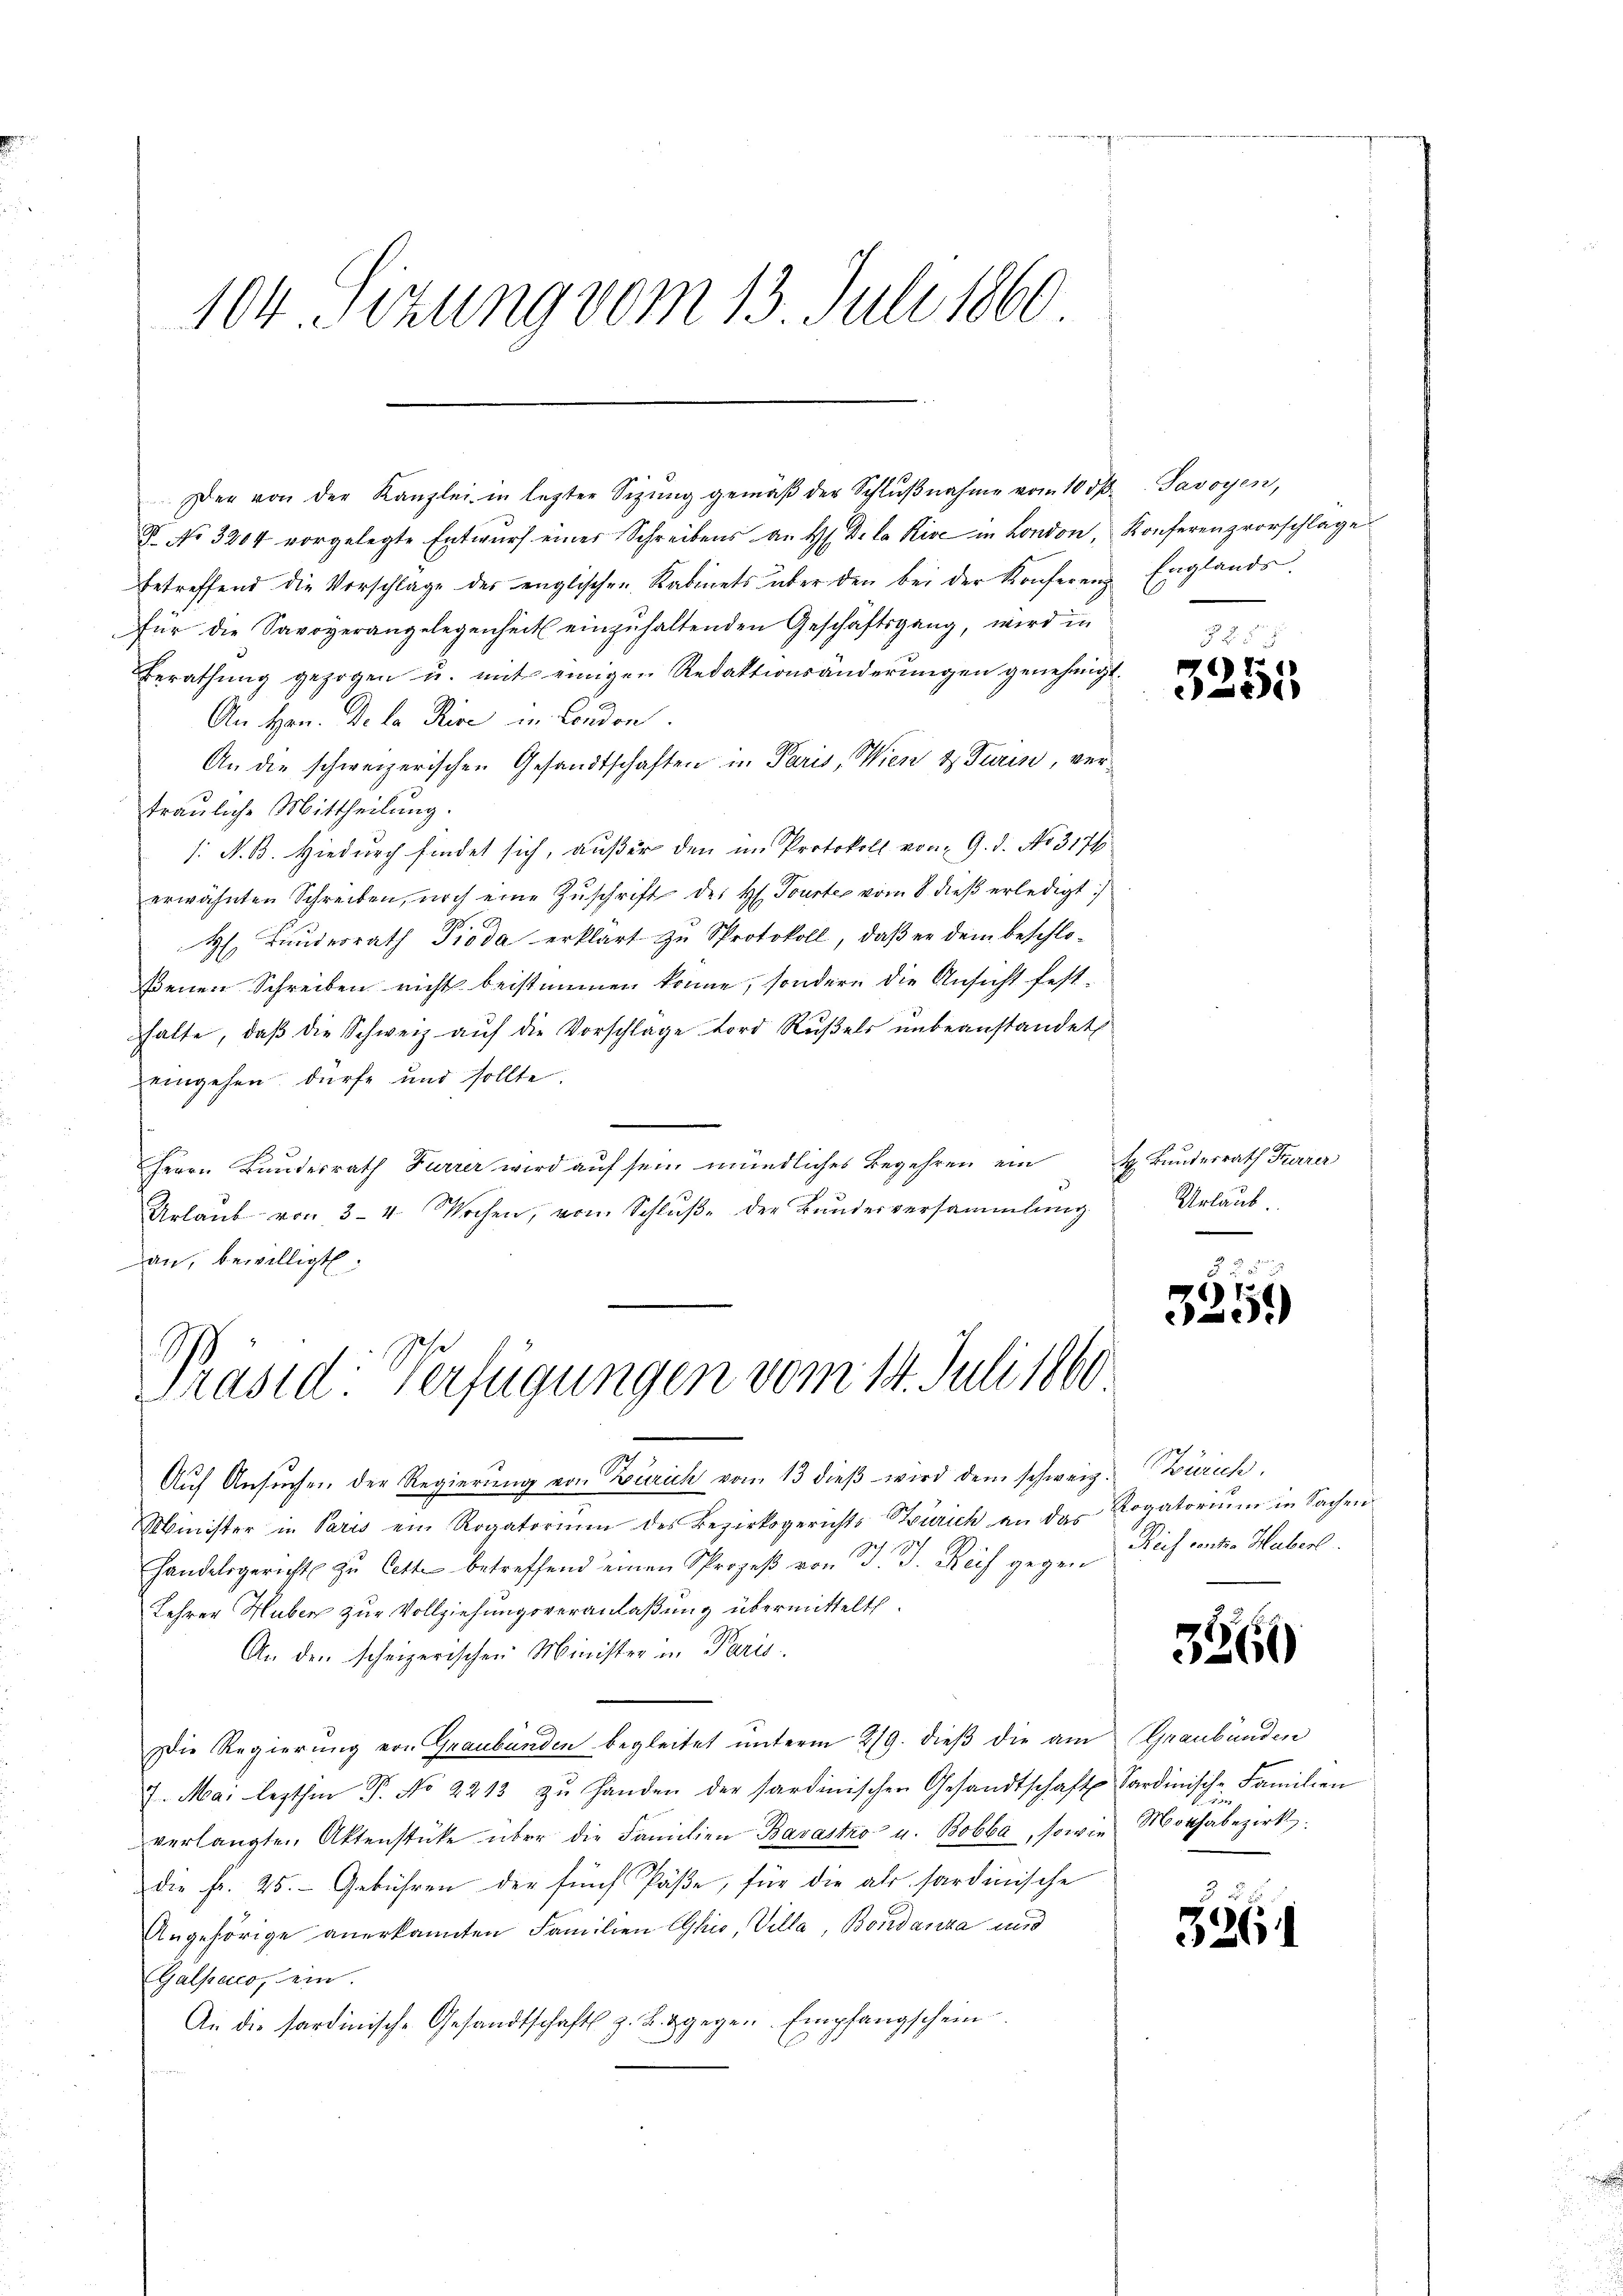
104. Sizung vom 13. Juli 1860

8. No. 3204 vorgelegte Entwurf einer Schreibens an H. De la Rive in London, Konferenzvorschlage
betreffend die Vorschläge des englischen Kabinets über den bei der Konferenz Englande
für die Savoyerangelegenheit einzuhaltenden Geschäftsgang, wird in
Berathung gezogen u. mit einigen Redaktionsänderungen genehmigt.
An Hrn. De la Reise in London.
An die schweizerischen Gesandtschaften in Paris, Wien & Turin, vertrauliche Mittheilung.
/. N. B. Hiedurch findet sich, außer den im Protokoll vom 9. d. No. 3176
erwähnten Schreiben, noch eine Zŭschrift des H. Trustes vom 8. dieß erledigt:)
H. Landesrath Pioda erklärt zu Protokoll, daß er dem beschloßenen Schreiben richt beistimmen könne, sondern die Ansicht festhhalte, daβ die Schweiz aŭf die Vorschlage ford Rŭβels ŭnbeanstandet
deigehen dürfe und sollte.
Herrn Bundesrath Furrer wird auf sein mündliches Begehren ein Bundesrath Frarer
Urlaŭb von 3-4 Wochen, vom Schlŭβ der Bundesversammlung
an, bewilligt.

Der von der Kanzlei in lezten Sitzŭng gemäβ der Schlŭβnahme vom 10 d. Savoyen,

Präsid. Verfügungen vom 14. Juli 1860

.
Auf Ansuchen der Regierung von Zürich vom 13 dieβ wird dem schweiz. Zürich,
Minister in Paris ein Rogatorium des Bezirksgerichts Zürich an das Rogatoriŭm in Sachen
handelsgericht zu Cette betreffend einen Prozeß von B. J. Reif gegen Rich weiten Huber
Lehrer Huber zur Vollziehungsveranlaßung übermittelt.
An den scheizerischen Minister in Paris
Die Regierung von Graubünden begleitet unterm 219. dieβ die am Graubünden
7. Mai lezthin P. No 2213 zŭ Handen der Sardinischen Gesandtschaft Sardinische Familien
verlangten Aktenstücke über die Familien Barastro u. Bobbe, sowie Mothabezirk
die fr. 25. Gebühren der fünf Päße, für die als stardinische
Angehörige anerkannten Familien Ohio, Villa, Bondanza und
Galpaco, sein.
An die sardinische Gesandtschaft z. B. gegen Empfangschein

1
11

Urlaub.

3.

3.

51)

)

536